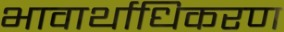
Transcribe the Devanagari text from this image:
भावार्थाधिकरण